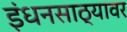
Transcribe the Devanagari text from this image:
इंधनसाठ्यावर